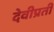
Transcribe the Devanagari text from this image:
देवीप्रती